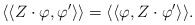
\begin{align*}\langle\langle Z\cdot\varphi,\varphi'\rangle\rangle=\langle\langle\varphi,Z\cdot \varphi'\rangle\rangle.\end{align*}